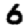
Digit: 6